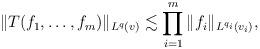
LaTeX: \begin{align*}\|T(f_1,\dots, f_m)\|_{L^{q}(v)} \lesssim \prod_{i=1}^m \|f_i\|_{L^{q_i}(v_i)},\end{align*}